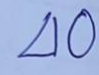
40